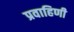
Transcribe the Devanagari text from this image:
प्रवाहिणी